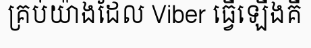
គ្រប់យ៉ាងដែល Viber ធ្វើឡើងគឺ